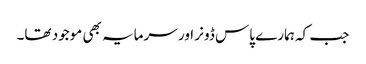
جب کہ ہمارے پاس ڈونر اور سرمایہ بھی موجود تھا۔